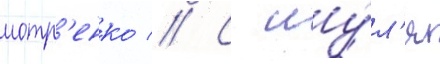
мотр'енко // С иу́л'я